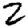
Digit: 2